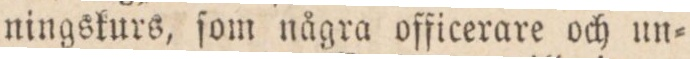
ningskurs, ſom några officerare och un=